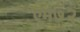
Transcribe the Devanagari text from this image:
एम७२